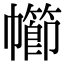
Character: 幯